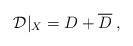
LaTeX: \begin{align*}{\cal D}\vert_X=D+\overline D\:,\end{align*}